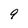
Character: 9